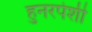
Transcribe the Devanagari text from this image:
हुनरपेशी